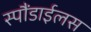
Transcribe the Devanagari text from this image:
स्पौंडाईलस